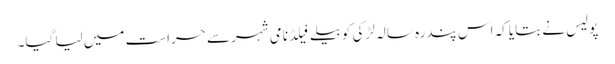
پولیس نے بتایا کہ اس پندرہ سالہ لڑکی کو بیلےفَیلڈ نامی شہر سے حراست میں لیا گیا۔